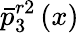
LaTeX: \bar{p}_{3}^{r2}\left(x\right)